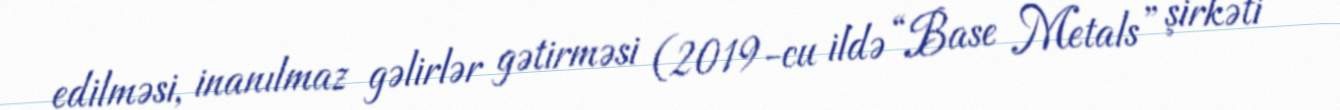
edilməsi, inanılmaz gəlirlər gətirməsi (2019-cu ildə “Base Metals” şirkəti